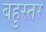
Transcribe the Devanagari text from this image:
बहुस्तर